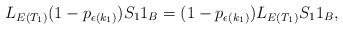
LaTeX: \begin{align*}L_{E(T_1)}(1-p_{\epsilon(k_{1})}) S_1 1_B = (1-p_{\epsilon(k_{1})}) L_{E(T_1)}S_1 1_B,\end{align*}